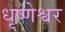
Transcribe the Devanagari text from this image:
धृष्णेश्वर